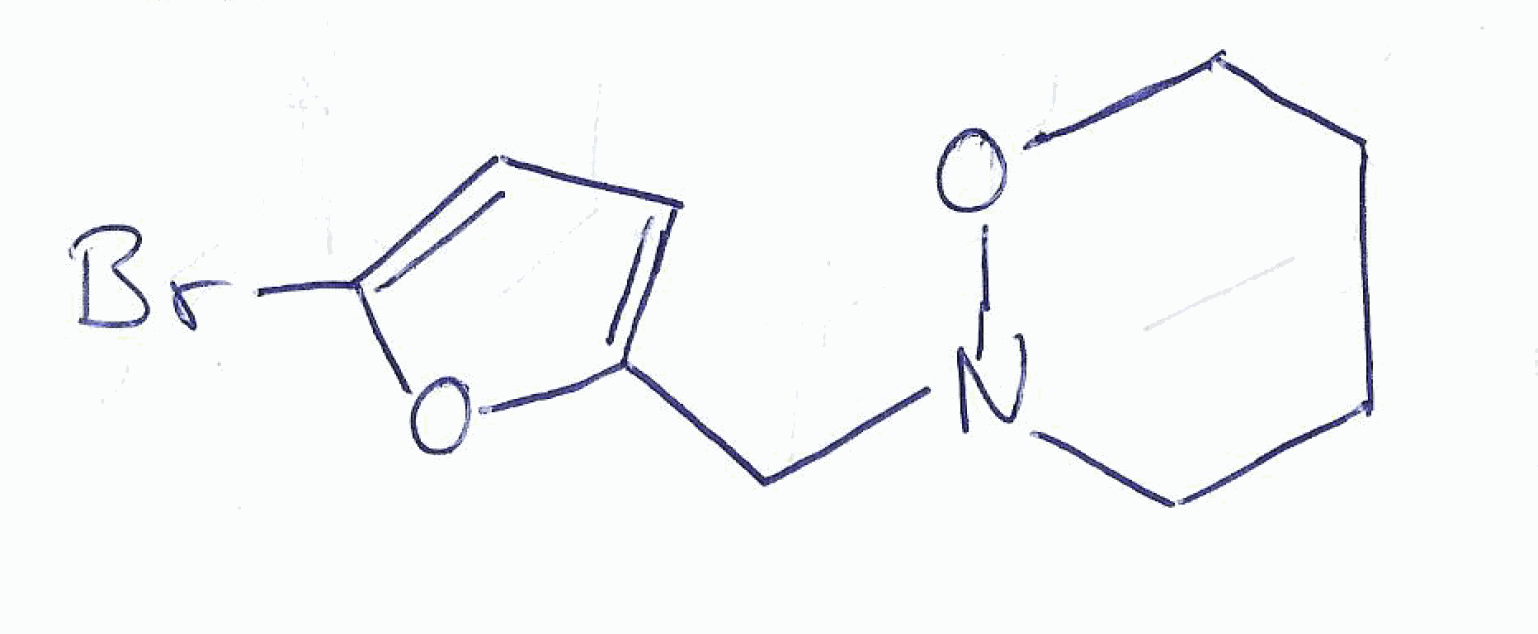
Simplified molecular-input line-entry system (SMILES) notation of the given molecule:
C1CCON(C1)CC2=CC=C(O2)Br